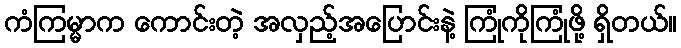
ကံကြမ္မာက ကောင်းတဲ့ အလှည့်အပြောင်းနဲ့ ကြုံကိုကြုံဖို့ ရှိတယ်။